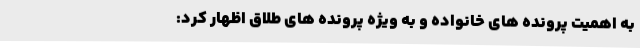
به اهمیت پرونده های خانواده و به ویژه پرونده های طلاق اظهار کرد: